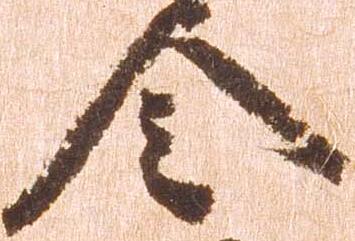
令